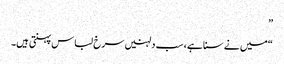
”
“میں نے سنا ہے، سب دلہنیں سرخ لباس پہنتی ہیں۔